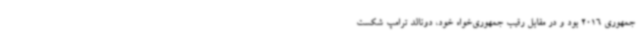
جمهوری 2016 بود و در مقابل رقیب جمهوری‌خواه خود، دونالد ترامپ شکست